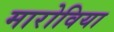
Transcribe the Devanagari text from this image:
मारोविया